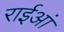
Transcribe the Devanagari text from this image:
राईआं